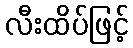
လီးထိပ်ဖြင့်